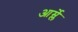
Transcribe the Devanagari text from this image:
आर्म्ले